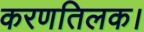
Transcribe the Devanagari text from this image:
करणतिलक।